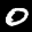
Label: 0